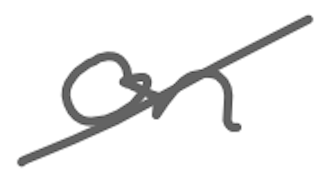
Text: on
Cross-out: diagonal
Writing tool: digital_gray